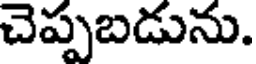
చెప్పబడును.